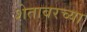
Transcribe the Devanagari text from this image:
शेतावरच्या